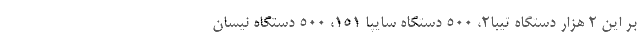
بر این ۲ هزار دستگاه تیبا2، ۵۰۰ دستگاه سایپا 151، ۵۰۰ دستگاه نیسان